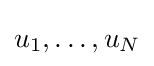
u_{1},\dots ,u_{N}